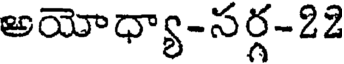
అయోధ్యా-సర్గ-22